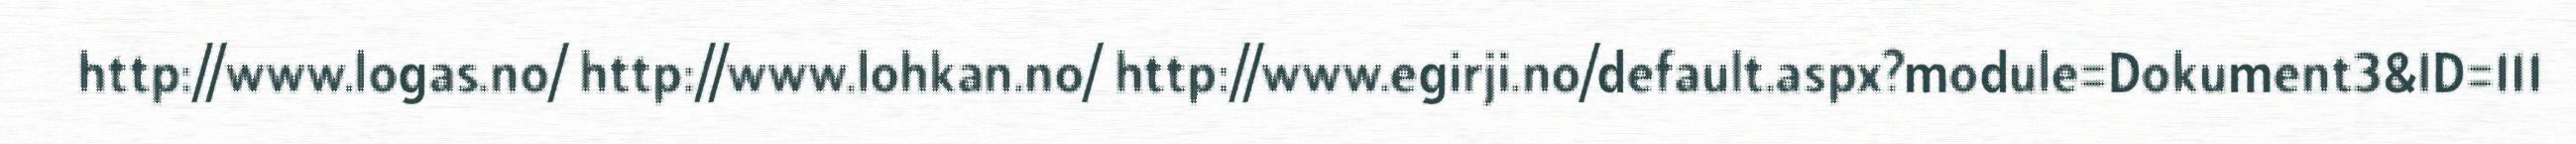
http://www.logas.no/ http://www.lohkan.no/ http://www.egirji.no/default.aspx?module=Dokument3&ID=111